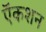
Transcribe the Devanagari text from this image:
ऍकशन